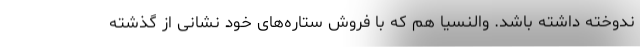
ندوخته داشته باشد. والنسیا هم که با فروش ستاره‌های خود نشانی از گذشته